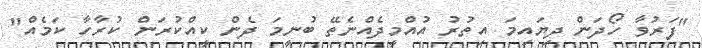
"ފަރުވާ ހޯދަން ދިޔައިމަ އިތުރު އުއްމީދެއްނެތޭ ބުނީމަ ދެން ކީއްކުރަން ކުރާހާ ކަމެއް"